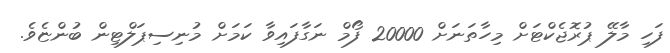
ފަހި މާލޭ ޕުރޮޖެކްޓަށް މިހާތަނަށް 20000 ފޯމް ނަގާފައިވާ ކަމަށް މުނިސިޕަލްޓިން ބުންޏެވެ.